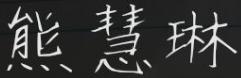
熊慧琳